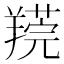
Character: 𦎻